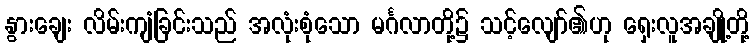
နွားချေး လိမ်းကျံခြင်းသည် အလုံးစုံသော မင်္ဂလာတို့၌ သင့်လျော်၏ဟု ရှေးလူအချို့တို့